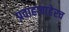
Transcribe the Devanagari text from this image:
प्रवाहाबाहेरच